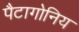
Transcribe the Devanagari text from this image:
पैटागोनिय